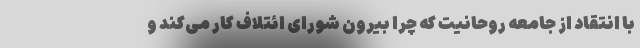
با انتقاد از جامعه روحانیت که چرا بیرون شورای ائتلاف کار می‌کند و